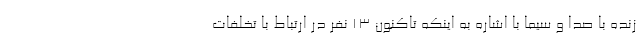
زنده با صدا و سیما با اشاره به اینکه تاکنون ۱۳ نفر در ارتباط با تخلفات